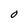
Character: O